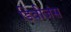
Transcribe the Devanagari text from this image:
डिवीजंस